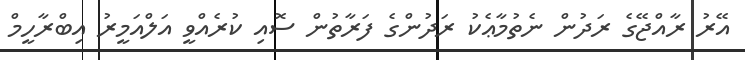
އޭރު ރާއްޖޭގެ ރަދުން ނެތުމާޢެކު ރަދުންގެ ފަރާތުން ސޮއި ކުރެއްވީ އަލްއަމީރު އިބްރާހީމް